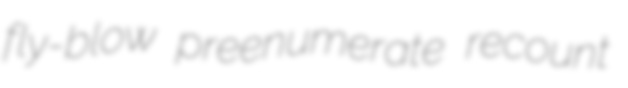
fly-blow preenumerate recount